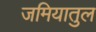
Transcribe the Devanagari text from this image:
जमियातुल